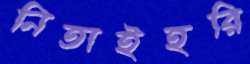
নিতাইহরি